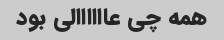
همه چی عاااااالی بود